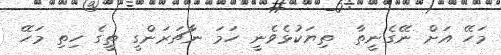
މަހޭ އަށް ނޭގެނީތާ  ތިޔަކުޅެވެނީ ހަމަ ނާޗަރަންގީ ތީގެ ހިތި މަހޭ